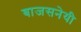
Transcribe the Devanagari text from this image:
बाजसनेयी